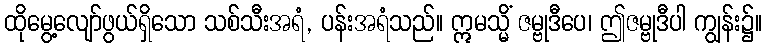
ထိုမွေ့လျော်ဖွယ်ရှိသော သစ်သီးအရံ, ပန်းအရံသည်။ ဣမသ္မိံ ဇမ္ဗုဒီပေ၊ ဤဇမ္ဗုဒီပါ ကျွန်း၌။